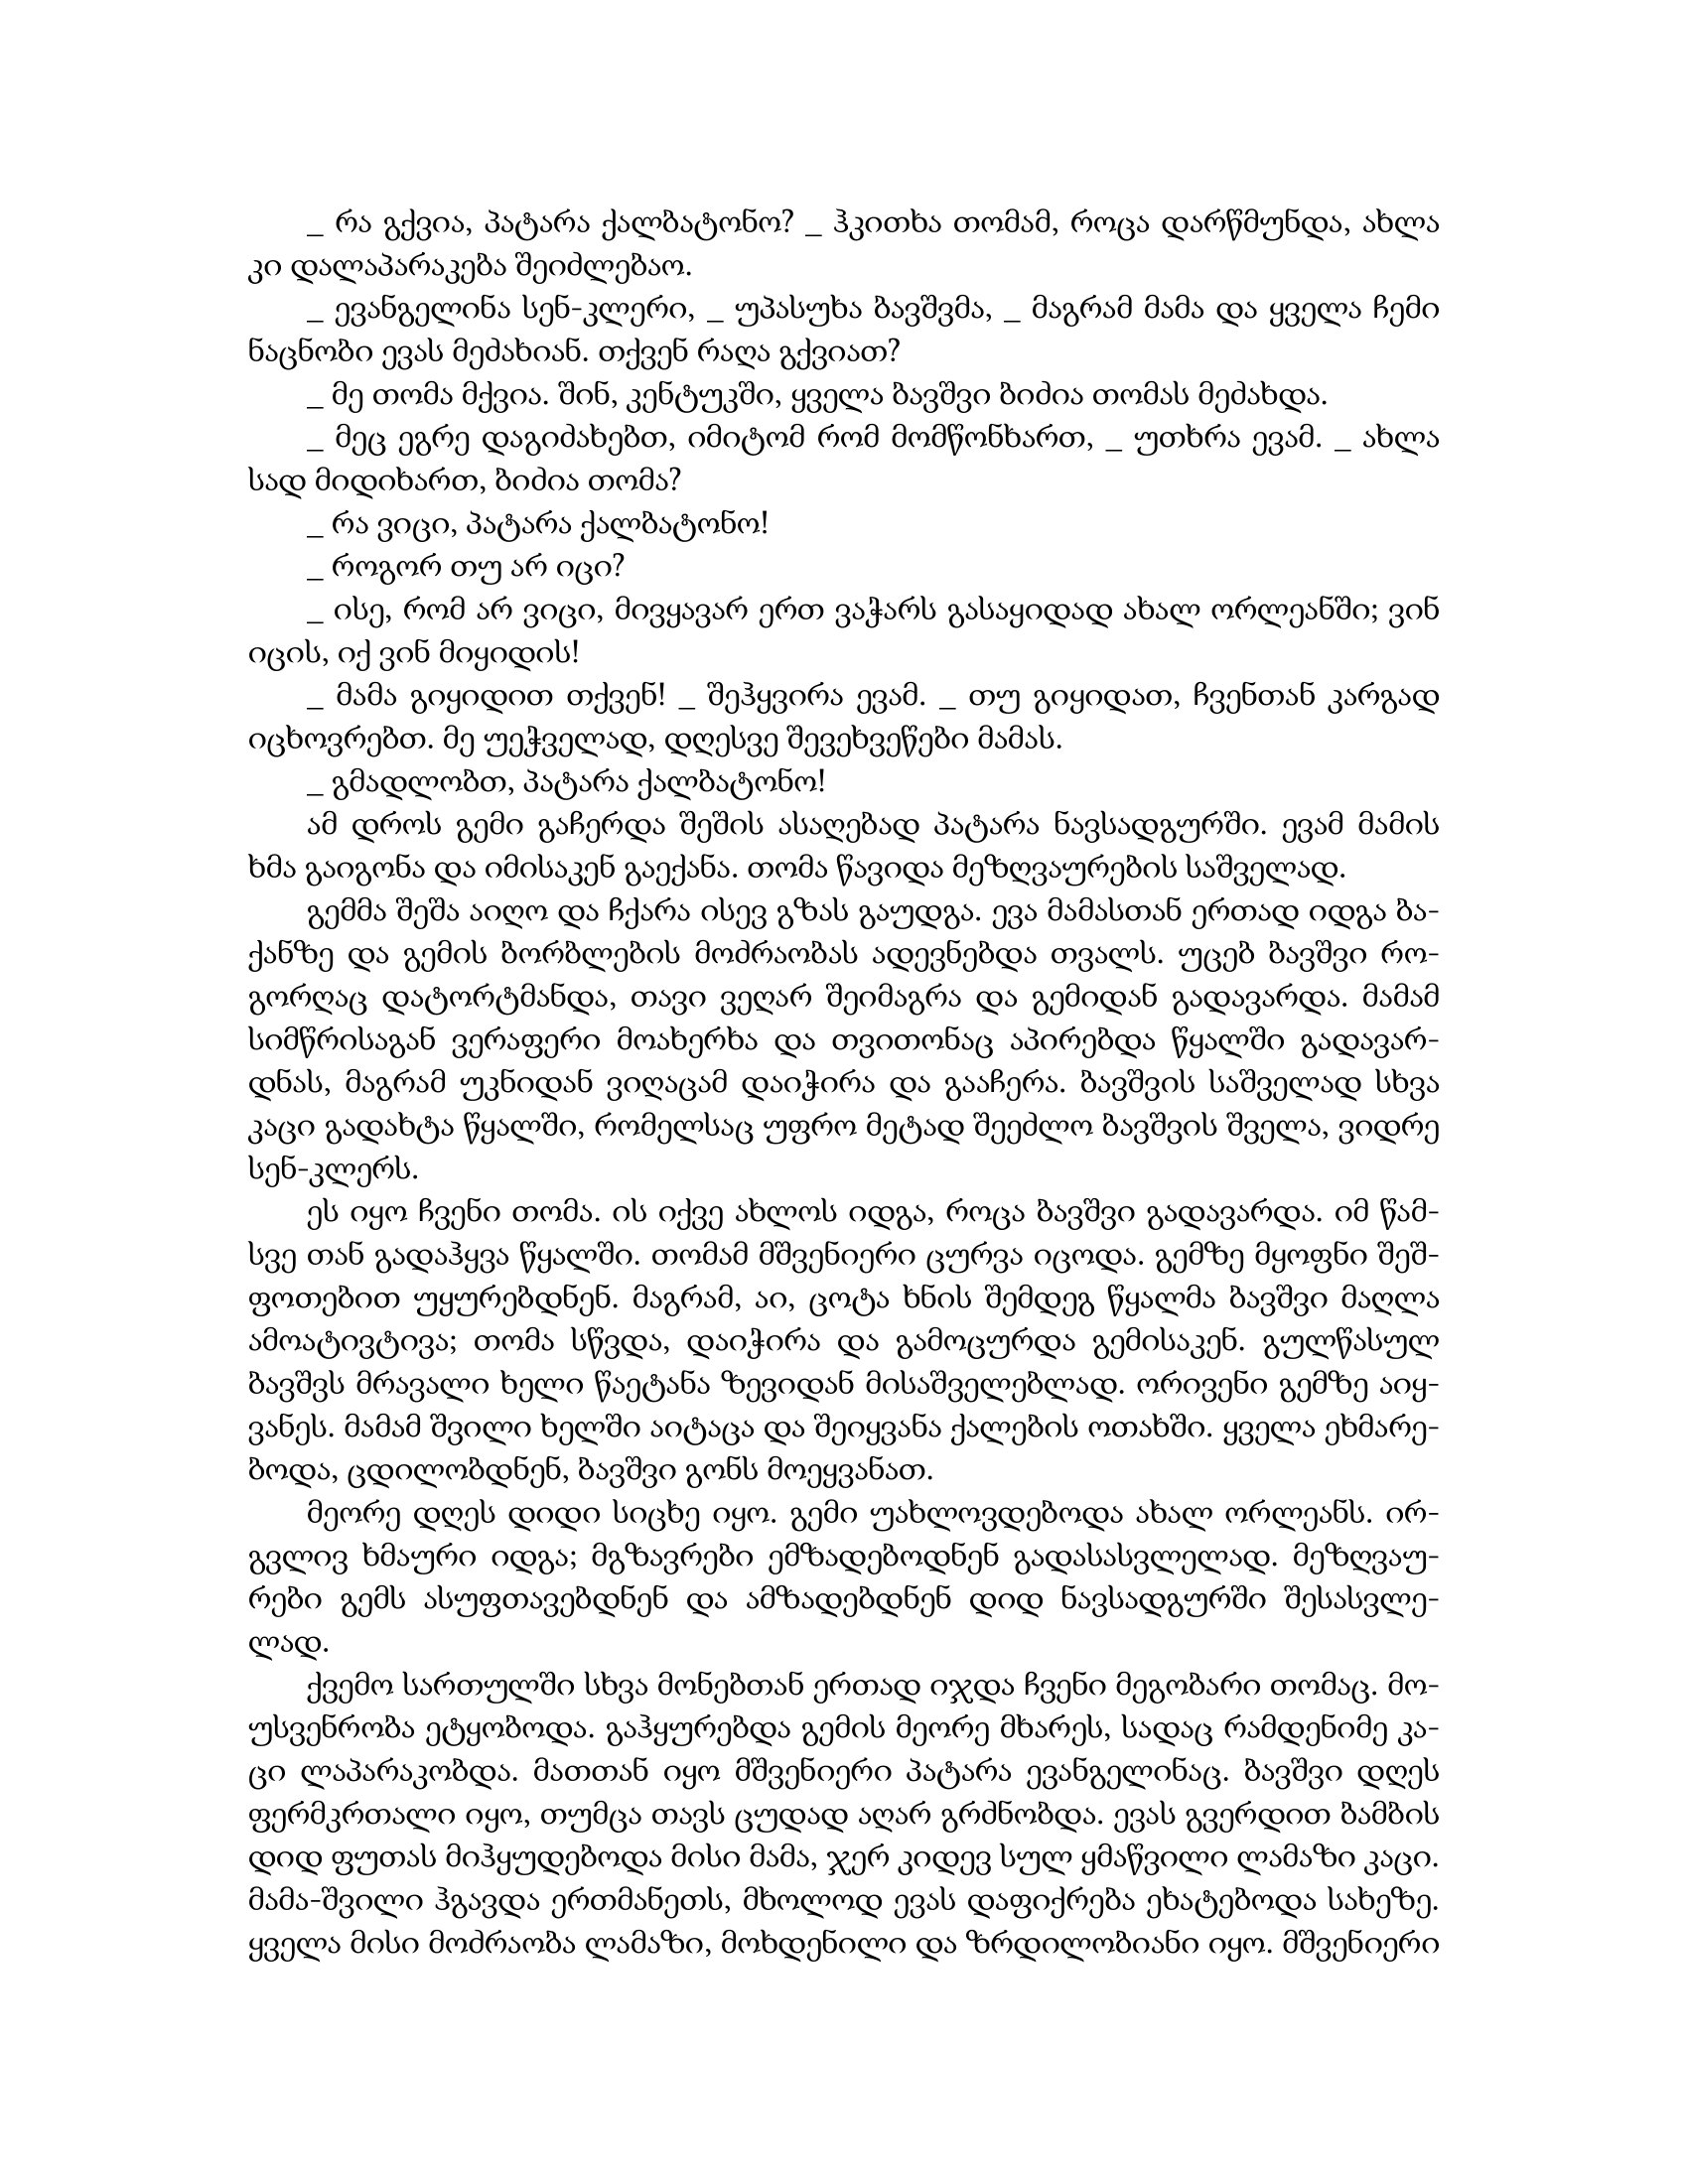
Language: gr